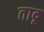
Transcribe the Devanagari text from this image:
तादृ